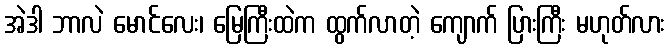
အဲဒါ ဘာလဲ မောင်လေး၊ မြေကြီးထဲက ထွက်လာတဲ့ ကျောက် ပြားကြီး မဟုတ်လား